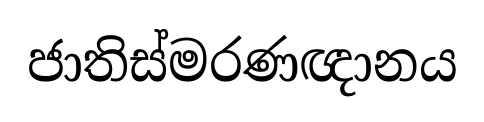
ජාතිස්මරණඥානය